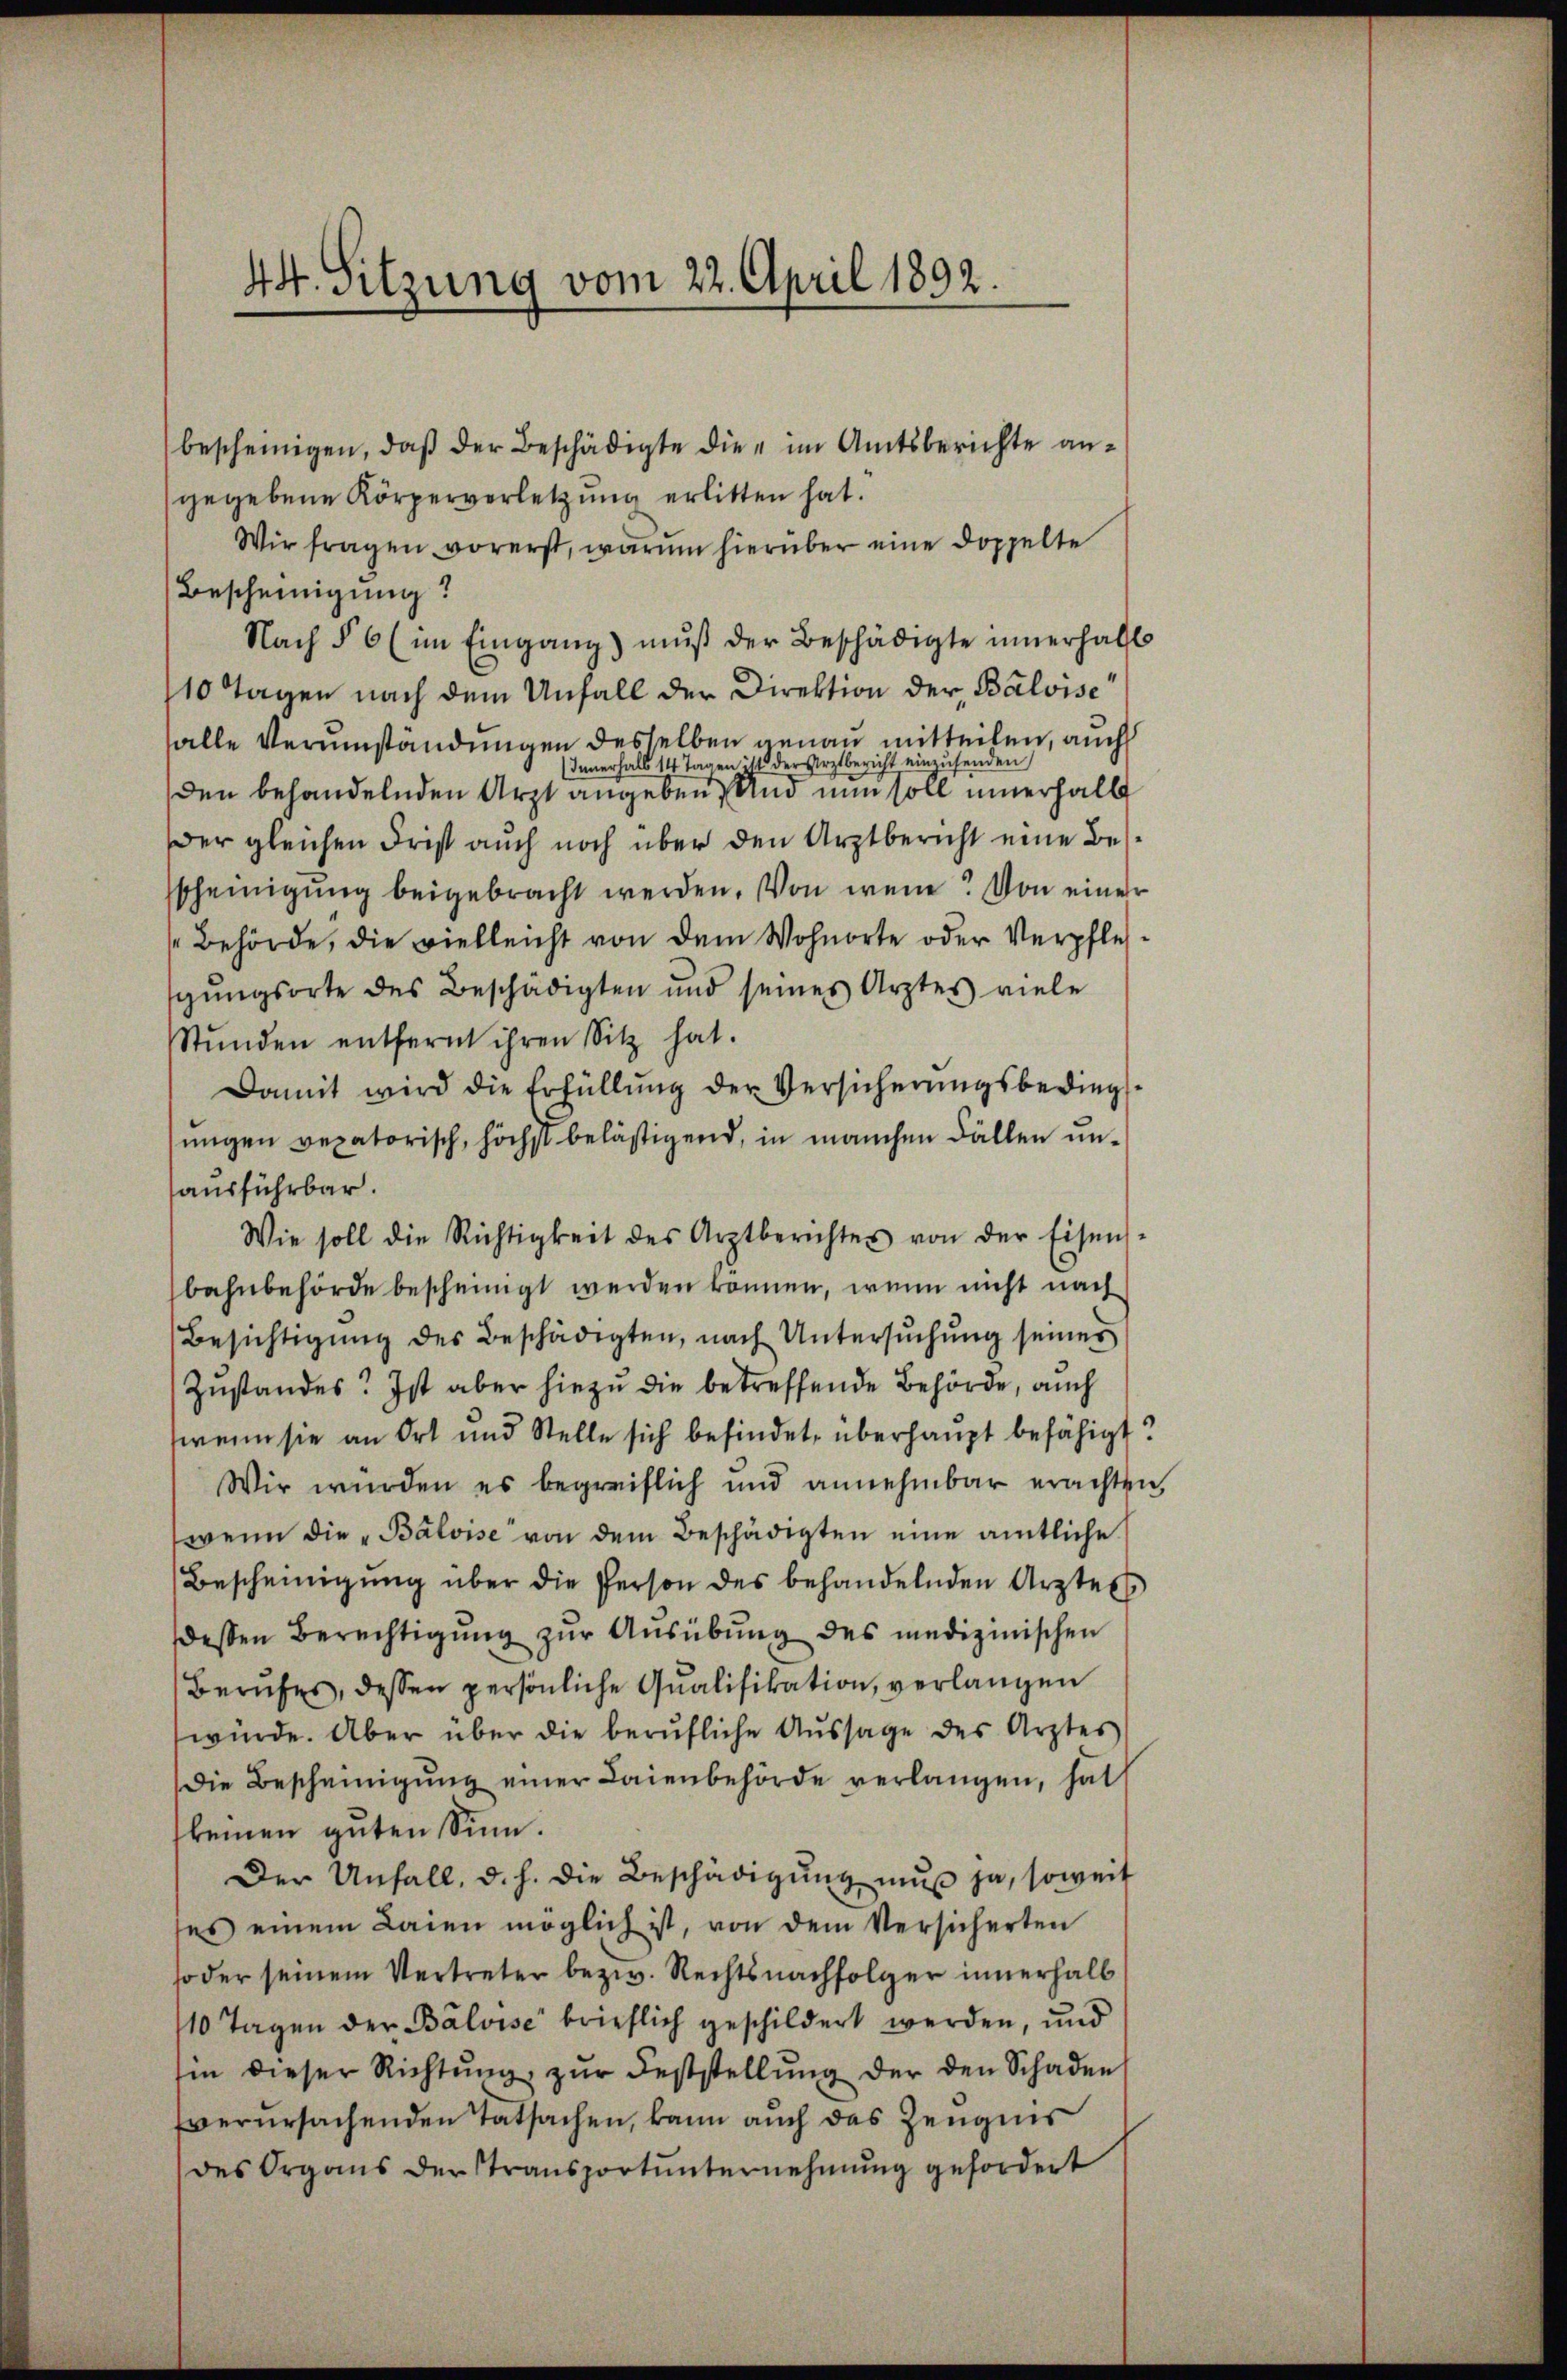
44. Sitzung vom 22. April 1892.

bescheinigen, daβ der Beschädigte die im Amtsberichte angegebene Körperverletzung erlitten hat.
Wir fragen vorerst, warum hierüber eine doppelte
Bescheinigung?
Nach § 6 (im Eingang) muß der Beschädigte innerhalt
10 Tagen nach dem Unfall der Direktion der Baloise
alle Verumständungen desselben genau mitteilen, auch
Innerhalb 14 Tagen: 14 der Arztbericht einensenden
den behandelnden Arzt angeben. Und nun soll innerhalb
Der gleichen Frist auch noch über den Arztbericht eine Bes
scheinigung beigebracht werden. Von wen? Von einer
Behörde, die vielleicht von dem Wohnorte oder Verpflesgŭngsorte des Beschädigten und seines Arztes viele
Stŭnden entfernt ihren Sitz hat.
Damit wird die Erfüllŭng der Versicherŭngsbedings-
ungen veratorisch, höchst belästigend, in manchen Fällen unausführbar.
Wie soll die Richtigkeit des Arztberichtes von der Eisens-
bahnbehörde bescheinigt werden können, wenn nicht nach
Besichtigŭng des Beschädigten, nach Untersŭchŭng seines
Zustandes? Ist aber hiezu die betreffende Behörde, auch
wenn sie an Ort und Stelle sich befindet, überhaupt befähigt?
Wir würden es begreiflich und annehmbar erachten,
wenn die „Balvise von dem Beschädigten eine amtliche
Bescheinigung über die Person des behandelnden Arztess
dessen Berechtigŭng zŭr Aŭsübŭng des medizinischen
Berufes, dessen persönliche Qualifikation, verlangen
würde. Aber über die berufliche Aussage des Arztes
Die Bescheinigŭng einer Laienbehörde verlangen, hat
keinen guten Sinn.
Der Unfall, d. h. die Beschädigŭng mŭβ ja, soweit
es einem Laien möglich ist, von dem Versicherten
so der seinem Vertreter bezw. Rechtsnachfolger innerhalb
110 Tagen der Bálvise brieflich geschildert werden, und
hin dieser Richtŭng zŭr Feststellŭng der den Schaden
verursachenden Tatsachen, kann auch das Zeugnis
des Organs der Transportŭnternehmung gefordert